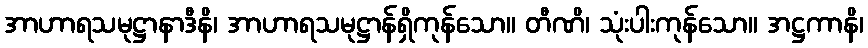
အာဟာရသမုဋ္ဌာနာဒီနိ၊ အာဟာရသမုဋ္ဌာန်ရှိကုန်သော။ တီဏိ၊ သုံးပါးကုန်သော။ အဋ္ဌကာနိ၊